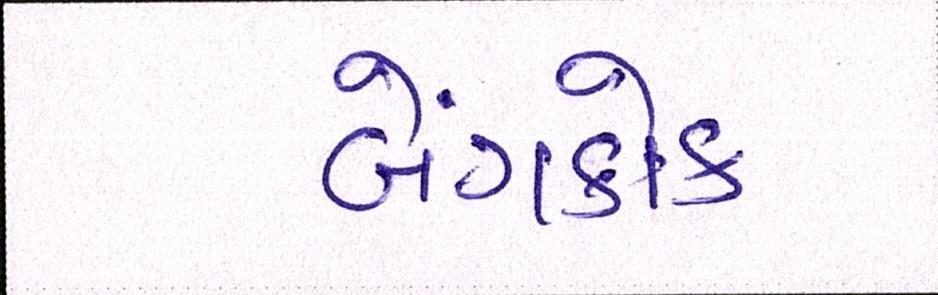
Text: બેંગકોક